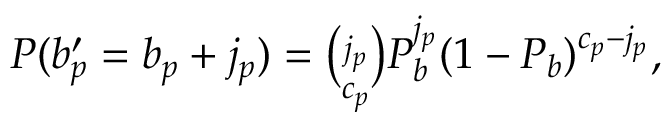
\begin{array} { r } { P ( b _ { p } ^ { \prime } = b _ { p } + j _ { p } ) = \binom { j _ { p } } { c _ { p } } P _ { b } ^ { j _ { p } } ( 1 - P _ { b } ) ^ { c _ { p } - j _ { p } } , } \end{array}